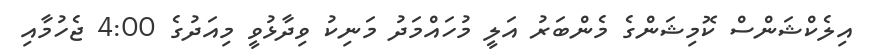
އިލެކްޝަންސް ކޮމިޝަންގެ މެންބަރު އަލީ މުހައްމަދު މަނިކު ވިދާޅުވީ މިއަދުގެ 4:00 ޖެހުމާއި